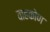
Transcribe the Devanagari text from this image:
वाहकोण